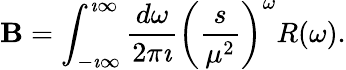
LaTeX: \mathbf{B}=\int_{-\imath\infty}^{\imath\infty}\frac{{d\omega}}{{2\pi\imath}}\left(\frac{{s}}{{\mu^{2}}}\right)^{\omega}R(\omega).